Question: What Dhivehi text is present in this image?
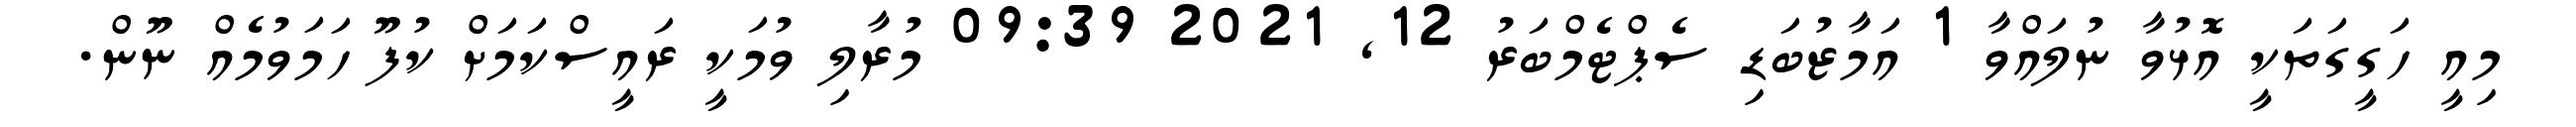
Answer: މިއީ ހަގީގަތަކީ އޮޅުވާ ނުލައްވާ 1 އަމާޒުބަޑި ސެޕްޓެމްބަރު 12, 2021 09:39 މުރާލި ވުމަކީ ރައީސްކަމަށް ކުފޫ ހަމަވުމެއް ނޫން.